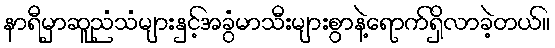
နာရီမှာဆူညံသံများနှင့်အခွံမာသီးများစွာနဲ့ရောက်ရှိလာခဲ့တယ်။